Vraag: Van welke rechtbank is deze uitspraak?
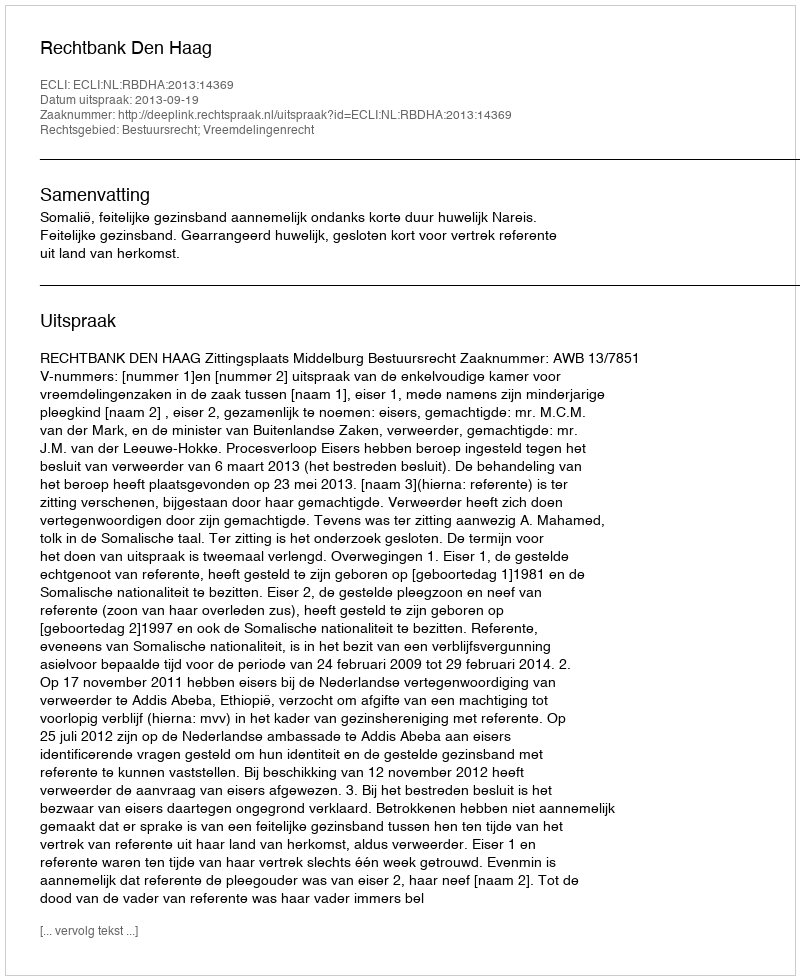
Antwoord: Rechtbank Den Haag